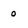
Character: 0